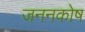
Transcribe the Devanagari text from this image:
जननकोष